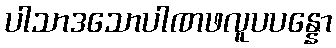
ပါသာဒသောပါဏဖလူပပန္နော